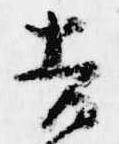
吉